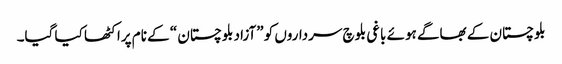
بلوچستان کے بھاگے ہوئے باغی بلوچ سرداروں کو ”آزاد بلوچستان “ کے نام پراکٹھا کیا گیا۔